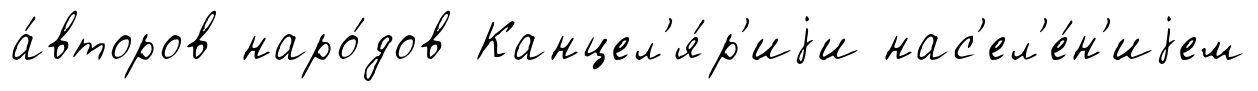
а́второв наро́дов Канцел'я́р'иjи нас'ел'е́н'иjем